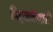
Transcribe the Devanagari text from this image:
पितृसत्तेलाही